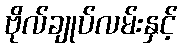
ဗိုလ်ချုပ်လမ်းနှင့်